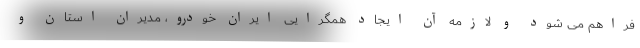
فراهم می شود و لازمه آن ایجاد همگرایی ایران خودرو، مدیران استان و